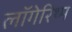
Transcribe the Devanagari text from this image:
लॉगेरिथ्म